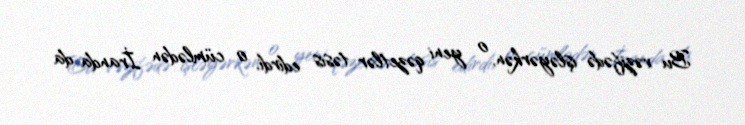
Bu vəzifədə işləyərkən, o yeni qəzetlər təsis edirdi, o cümlədən İranda da